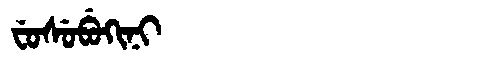
Manchu: ᠸᡠᠰᡠᠪᡠᡴᡳᠨᡳ
Romanization: FUSUBUKINI